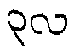
၃လ